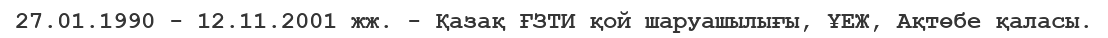
27.01.1990 - 12.11.2001 жж. - Қазақ ҒЗТИ қой шаруашылығы, ҰЕЖ, Ақтөбе қаласы.